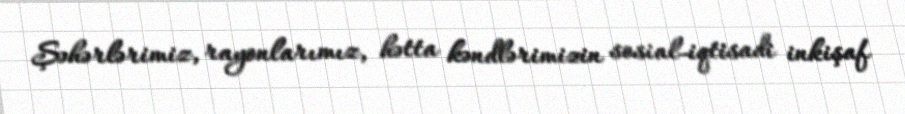
Şəhərlərimiz, rayonlarımız, hətta kəndlərimizin sosial-iqtisadi inkişaf